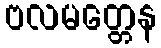
ဗလမတ္တေန